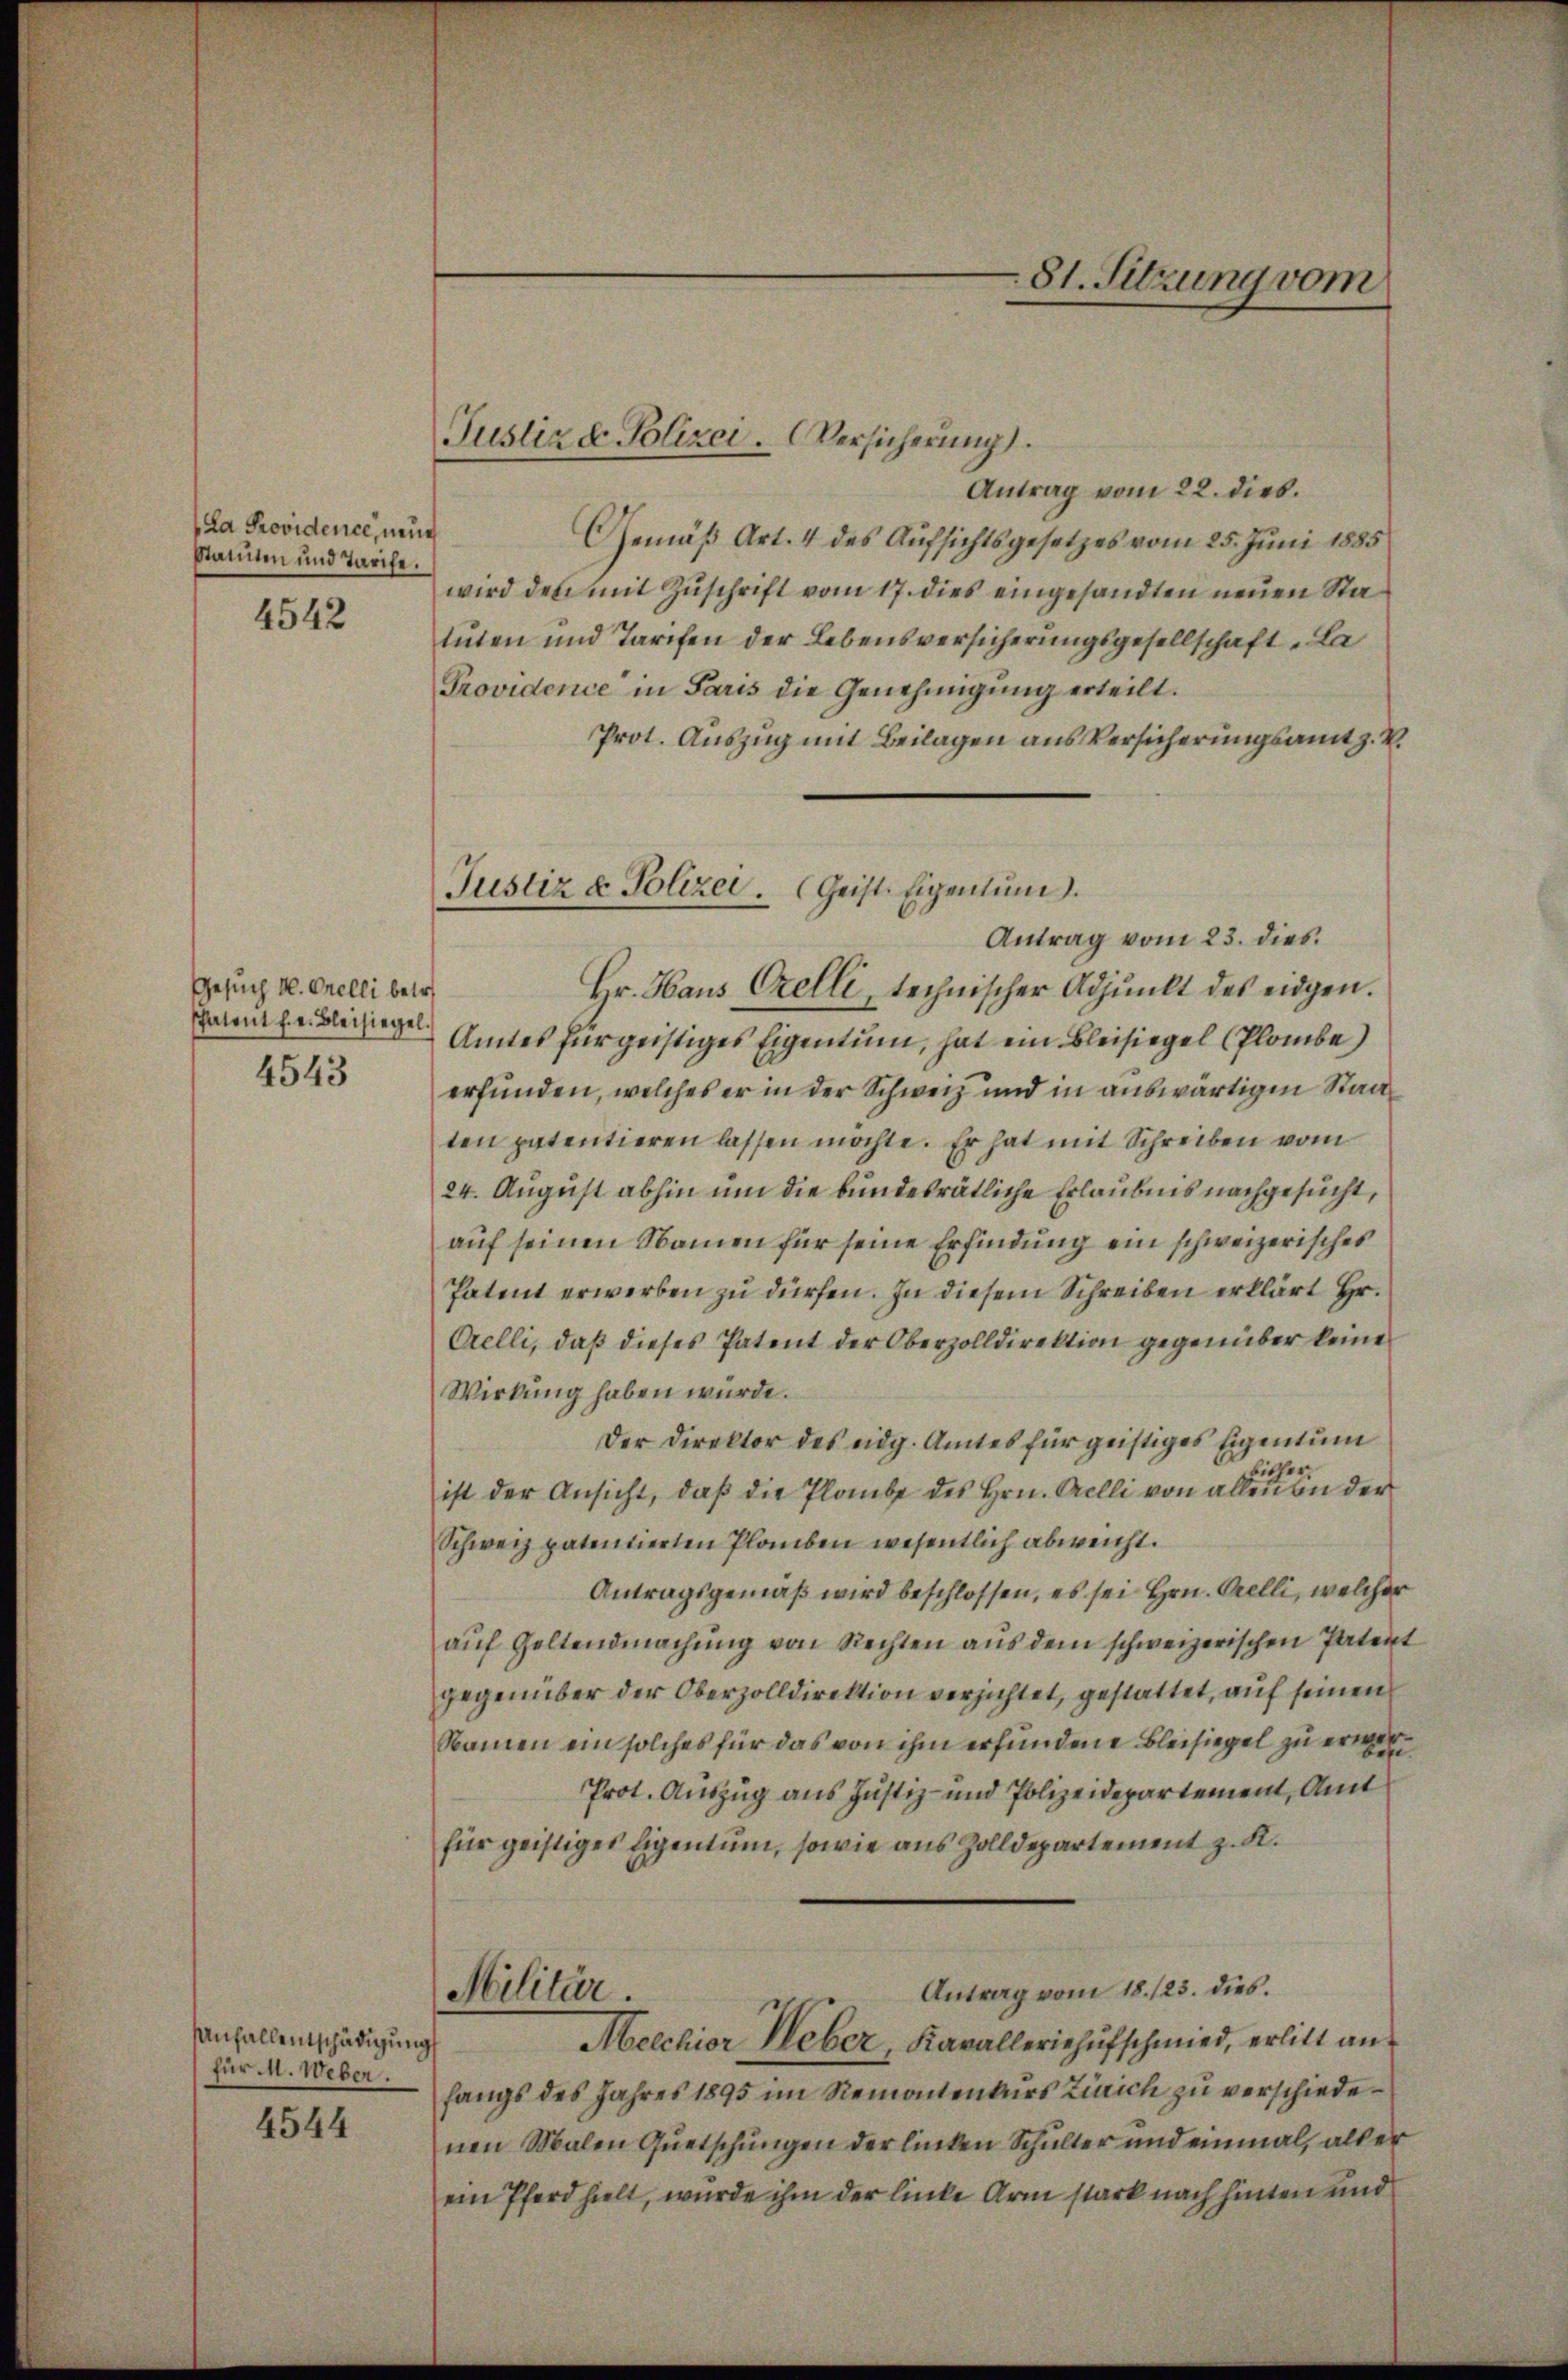
La Providence, neue
Statten und Tarife.

4542

Gesuch v. Orelli betr.
spatent h. e. Bleisiegel.
4543

Anfallentschädigung
für M. Weber.

4544

Justiz u. Polizei. Versicherung.

81. Sitzung vom

Justiz & Polizei Geist. Eigentum.
Antrag vom 23. dies

Antrag vom 22. dies.
Gemäß Art. 4 des Aufsichtsgesetzes vom 25. Juni 1885
wird den mit Zuschrift vom 17. dies eingesandten neuen Statuten und Tarifen der Lebensversicherungsgesellschaft „La
Providence in Paris die Genehmigung erteilt.
Prot. Auszug mit Beilagen aus Versicherungsamt z. B.
Hr. Haus Crelli, technischer Adjunkt des eidgen.
Amtes für geistiges Eigentum, hat ein Bleisiegel (Plombe)
erfunden, welches er in der Schweiz und in auswärtigen Staat
ten patentieren lassen möchte. Er hat mit Schreiben vom
24. August abhin um die bundesrätliche Erlaubnis nachgesucht,
auf seinen Namen für seine Erfindung ein schweizerisches
Patent erwerben zu dürfen. In diesem Schreiben erklärt Hr.
Orelli, daß dieses Patent der Oberzolldirektion gegenüber keine
Wirkung haben würde.
Der Direktor des eidg. Amtes für geistiges Eigentum
isher
ist der Ansicht, daβ die Plaŭbe des Hrn. Gelli von allen bei der
Schweiz patentierten Plauben wesentlich abweicht.
Antragsgemäß wird beschlossen, es sei Hrn. Orelli, welcher
aŭf Geltendmachung von Rechten aus dem schweizerischen Patent
gegenüber der Oberzolldirektion verzichtet, gestattet, auf seinen
Namen ein solches für das von ihm erfundene Bleisiegel zu ers
Prot. Auszug aus Justiz- und Polizeidepartement, Amt
für geistiges Eigentum, sowie aus Zolldepartement z. K.
Antrag vom 18. 123. dies.
Militär.
Melchior Weber Kavalleriehufschmied, erlitt anfangs des Jahres 1895 im Remontenkurs Zürich zu verschiedenen Malen Quetschungen der linken Schulter und einmal, als er
ein Pferd hielt, wurde ihm der linke Arm stark nach hinten und